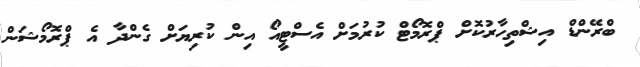
ބްރޭންޑް އިޝްތިހާރުކޮށް ޕްރޮމޯޓް ކުރުމަށް އެސްޓީއޯ އިން ކުރިޔަށް ގެންދާ އެ ޕްރޮމޯޝަން